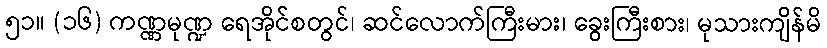
၅၁။ (၁၆) ကဏ္ဏမုဏ္ဍ ရေအိုင်စတွင်၊ ဆင်လောက်ကြီးမား၊ ခွေးကြီးစား၊ မုသားကျိန်မိ